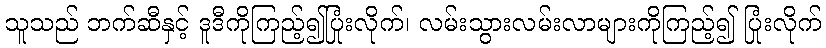
သူသည် ဘက်ဆီနှင့် ဒူဒီကိုကြည့်၍ပြုံးလိုက်၊ လမ်းသွားလမ်းလာများကိုကြည့်၍ ပြုံးလိုက်